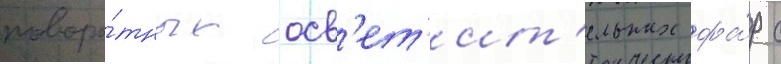
поворо́тных осв'ет'ит'ельных фа́р с